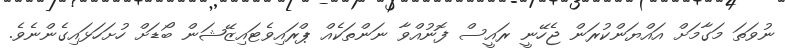
ނުވަތަ މަގާމަށް އައްޔަންކުރަން ޖެހޭނީ ރައީސް ފޮނުއްވާ ނަންތަކެއް ޕްރައިވެޓައިޒޭޝަން ބޯޑަށް ހުށަހަޅައިގެންނެވެ.